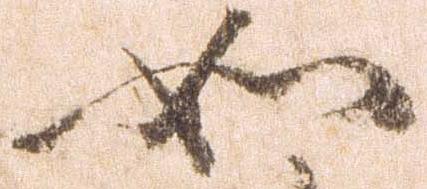
如